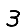
Digit: 3